Report of the King Institute of Preventive Medicine, Guindy
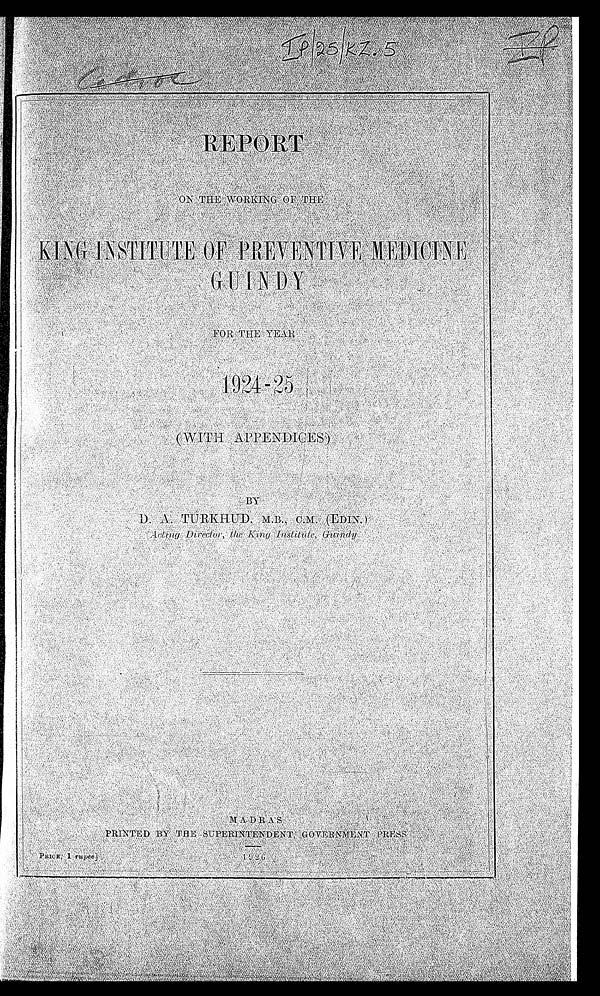
Ip\25\KZ.5
IP
REPORT ON THE WORKING OF THE
KING INSTITUTE OF PREVENTIVE MEDICINE
GUINDY FOR THE YEAR
1924-25 (WITH APPENDICES)
BY D. A. TURKHUD, M.B., C.M. (EDIN.)
Acting Director, the King Institute, Guindy
MADRAS PRINTED BY THE SUPERINTENDENT GOVERNMENT PRESS
1926 PRICE, 1 rupee]